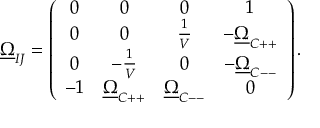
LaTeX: \underline { { { \Omega } } } _ { I J } = \left( \begin{array} { c c c c } { { 0 } } & { { 0 } } & { { 0 } } & { { 1 } } \\ { { 0 } } & { { 0 } } & { { \frac { 1 } { V } } } & { { - \underline { { { \Omega } } } _ { C + + } } } \\ { { 0 } } & { { - \frac { 1 } { V } } } & { { 0 } } & { { - \underline { { { \Omega } } } _ { C -- } } } \\ { { - 1 } } & { { \underline { { { \Omega } } } _ { C + + } } } & { { \underline { { { \Omega } } } _ { C -- } } } & { { 0 } } \end{array} \right) .